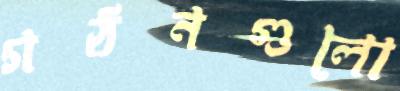
গঠনগুলো